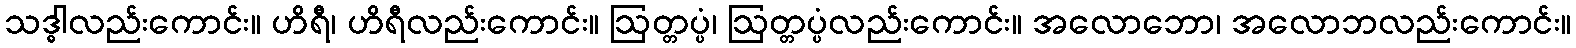
သဒ္ဓါလည်းကောင်း။ ဟိရီ၊ ဟိရီလည်းကောင်း။ ဩတ္တပ္ပံ၊ ဩတ္တပ္ပံလည်းကောင်း။ အလောဘော၊ အလောဘလည်းကောင်း။